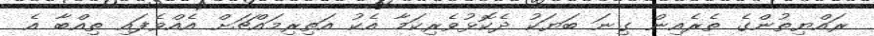
ރައްޔިތުންގެ ތެރެއިން ގިނަ ބަޔަކު ދެކޮޅުވެރިކަމާ އެކު އަތިރިމައްޗަށް އެއްވެފައި ތިއްބާ އެ